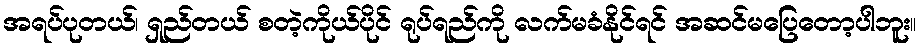
အရပ်ပုတယ်၊ ရှည်တယ် စတဲ့ကိုယ်ပိုင် ရုပ်ရည်ကို လက်မခံနိုင်ရင် အဆင်မပြေတော့ပါဘူး။